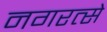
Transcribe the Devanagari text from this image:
नगरत्से